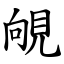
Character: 䚁